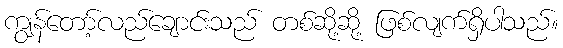
ကျွန်တော့်လည်ချောင်းသည် တစ်ဆို့ဆို့ ဖြစ်လျက်ရှိပါသည်။